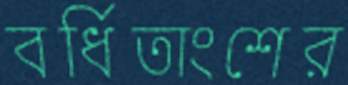
বর্ধিতাংশের